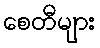
စေတီများ